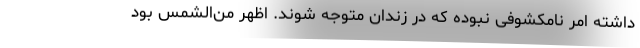
داشته امر نامکشوفی نبوده که در زندان متوجه شوند. اظهر من‌الشمس بود